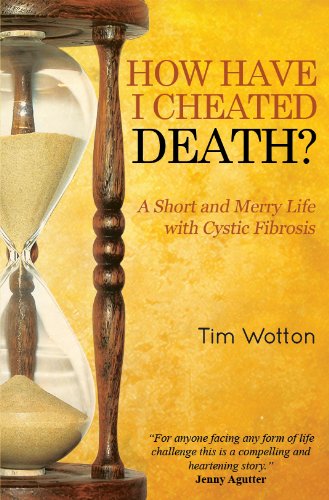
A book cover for How Have I Cheated Death?: A Short and Merry Life with Cystic Fibrosis; Tim Wotton; Health, Fitness & Dieting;